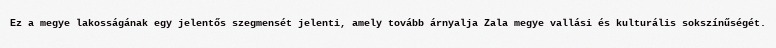
Ez a megye lakosságának egy jelentős szegmensét jelenti, amely tovább árnyalja Zala megye vallási és kulturális sokszínűségét.